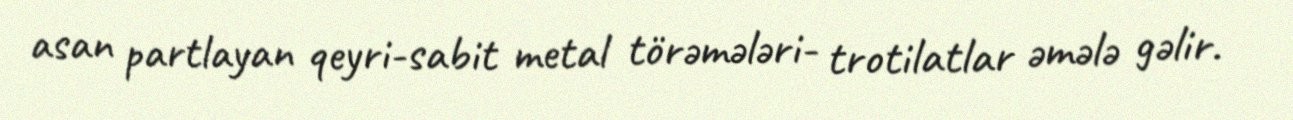
asan partlayan qeyri-sabit metal törəmələri- trotilatlar əmələ gəlir.